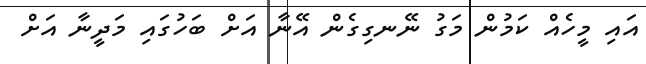
އައި މީހެއް ކަމުން މަގު ނޭނގިގެން އޭނާ އަށް ބަހުގައި މަދީނާ އަށް